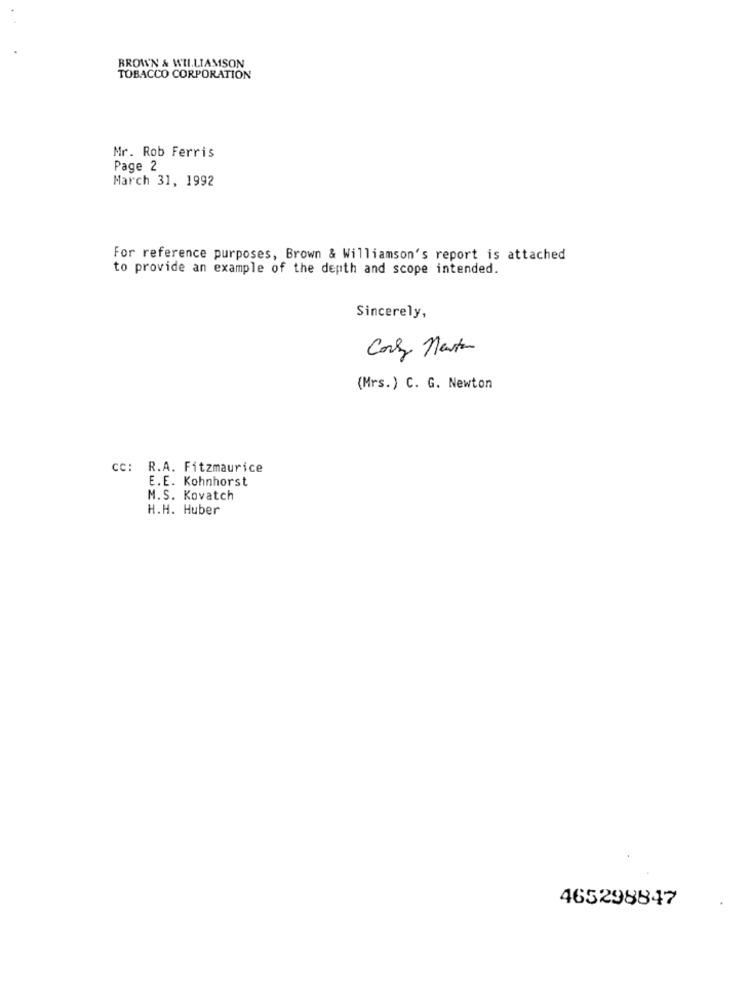
BROWN & WILLIAMSON
TOBACCO CORPORATION
Mr. Rob Ferris
Page 2
March 31, 1992
For reference purposes, Brown & Williamson's report is attached
to provide an example of the depth and scope intended.
Sincerely,
Carly Nasta
(Mrs.) C. G. Newton
CC: R.A. Fitzmaurice
E.E. Kohnhorst
M.S. Kovatch
H.H. Huber
465298847